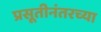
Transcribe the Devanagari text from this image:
प्रसूतीनंतरच्या